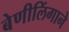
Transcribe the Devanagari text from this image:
बेणीलिंगाने